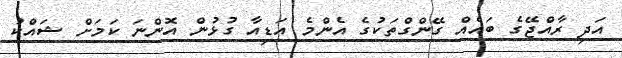
އަދި ރާއްޖޭގެ ބައެއް ގޭންގްތަކުގެ އެންމެ އަޑިއާ ގުޅުން އޮންނަ ކަމަށް ޝައްކު